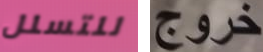
للتسلل خروج